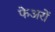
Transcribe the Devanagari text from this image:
फेअरों